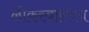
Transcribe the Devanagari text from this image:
लोकस्वास्थय